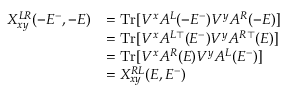
\begin{array} { r l } { X _ { x y } ^ { L R } ( - E ^ { - } , - E ) } & { = \mathrm { T r } [ V ^ { x } A ^ { L } ( - E ^ { - } ) V ^ { y } A ^ { R } ( - E ) ] } \\ & { = \mathrm { T r } [ V ^ { x } A ^ { L \top } ( E ^ { - } ) V ^ { y } A ^ { R \top } ( E ) ] } \\ & { = \mathrm { T r } [ V ^ { x } A ^ { R } ( E ) V ^ { y } A ^ { L } ( E ^ { - } ) ] } \\ & { = X _ { x y } ^ { R L } ( E , E ^ { - } ) } \end{array}